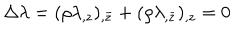
LaTeX: \Delta \lambda = ( \rho \lambda _ { , z } ) _ { , \bar { z } } + ( \rho \lambda _ { , \bar { z } } ) _ { , z } = 0